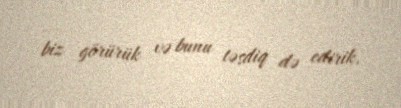
biz görürük və bunu təsdiq də edirik.